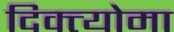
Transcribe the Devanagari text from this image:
दिक्त्योमा